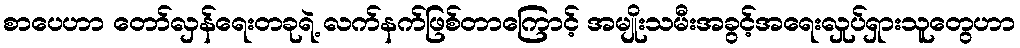
စာပေဟာ တော်လှန်ရေးတခုရဲ့ လက်နက်ဖြစ်တာကြောင့် အမျိုးသမီးအခွင့်အရေးလှုပ်ရှားသူတွေဟာ